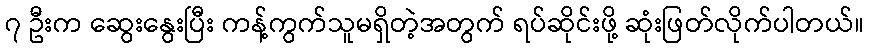
၇ ဦးက ဆွေးနွေးပြီး ကန့်ကွက်သူမရှိတဲ့အတွက် ရပ်ဆိုင်းဖို့ ဆုံးဖြတ်လိုက်ပါတယ်။